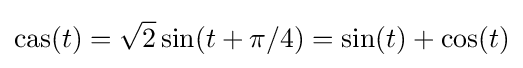
\operatorname {cas} (t)={\sqrt {2}}\sin(t+\pi /4)=\sin(t)+\cos(t)